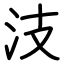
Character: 汥